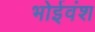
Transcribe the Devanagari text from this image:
भोईवंश